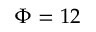
\Phi = 1 2